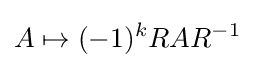
A\mapsto (-1)^{k}RAR^{-1}